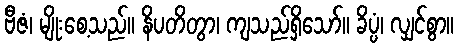
ဗီဇံ၊ မျိုးစေ့သည်။ နိပတိတွာ၊ ကျသည်ရှိသော်။ ခိပ္ပံ၊ လျှင်စွာ။